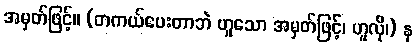
အမှတ်ဖြင့်။ (တကယ်ပေးတာဘဲ ဟူသော အမှတ်ဖြင့်၊ ဟူလို၊) န